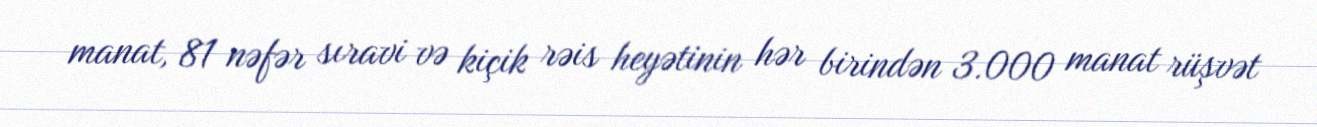
manat, 81 nəfər sıravi və kiçik rəis heyətinin hər birindən 3.000 manat rüşvət